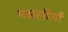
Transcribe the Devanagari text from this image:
मसहरियाँ